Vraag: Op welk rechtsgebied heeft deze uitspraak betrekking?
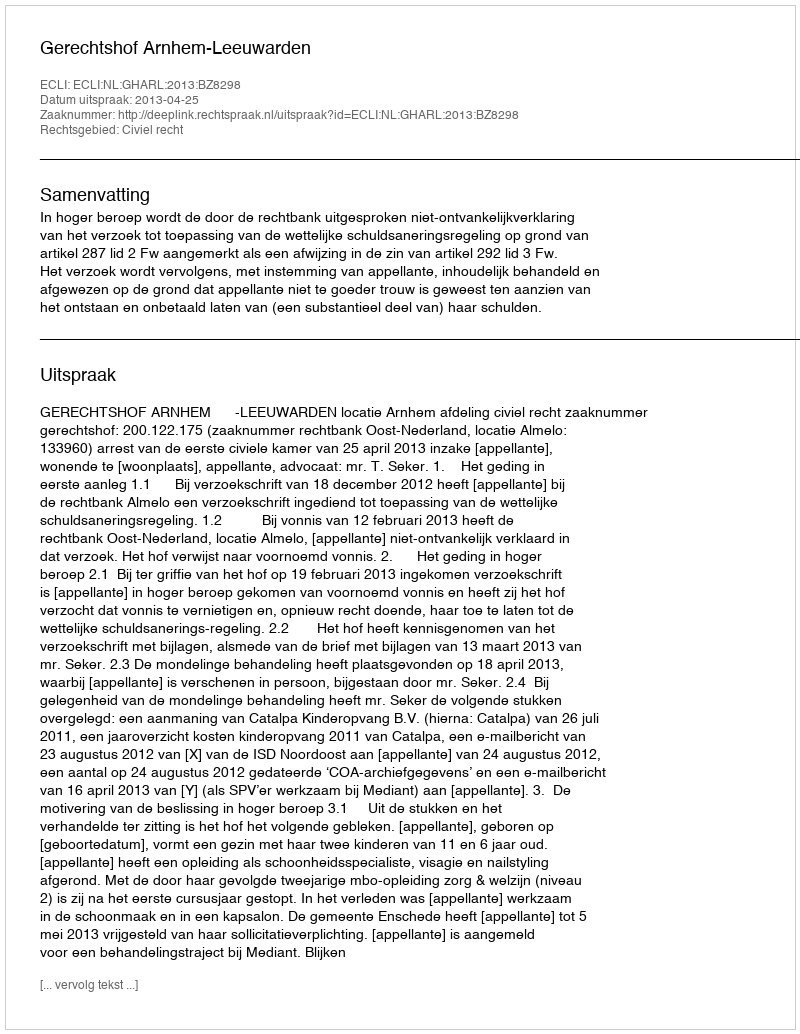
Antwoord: Civiel recht